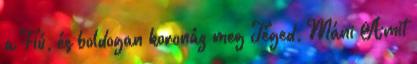
a Fiú, és boldogan koronáz meg Téged, Máni Amit